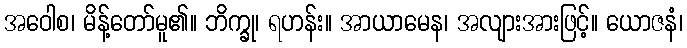
အဝေါစ၊ မိန့်တော်မူ၏။ ဘိက္ခု၊ ရဟန်း။ အာယာမေန၊ အလျားအားဖြင့်။ ယောဇနံ၊